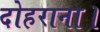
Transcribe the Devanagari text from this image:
दोहराना।